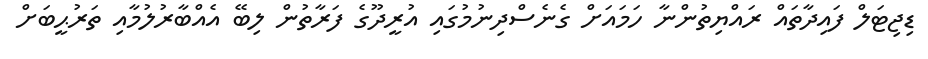
ޑިޖިޓަލް ފައިދާތައް ރައްޔިތުންނާ ހަމައަށް ގެނެސްދިނުމުގައި އުރީދޫގެ ފަރާތުން ލިބޭ އެއްބާރުލުމާއި ތަރުޙީބަށް